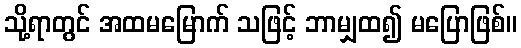
သို့ရာတွင် အထမမြောက် သဖြင့် ဘာမျှထ၍ မပြောဖြစ်။